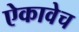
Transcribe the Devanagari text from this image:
ऐकावेच